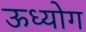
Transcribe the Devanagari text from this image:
ऊध्योग